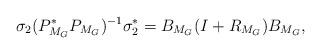
LaTeX: \begin{align*}\sigma_2(P^\ast_{M_G}P_{M_G})^{-1}\sigma_2^\ast=B_{M_G}(I+R_{M_G})B_{M_G},\end{align*}